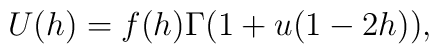
U(h)= f(h) \Gamma(1+u (1-2 h)),